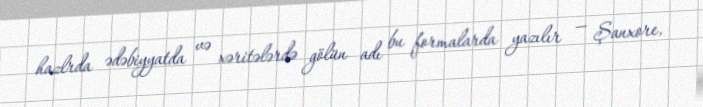
hazlrda ədəbiyyatda və xəritələrdə gölün adı bu formalarda yazılır — Şanxore,